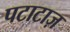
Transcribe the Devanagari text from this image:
पटाटाज़